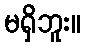
မရှိဘူး။